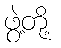
ဖွဲ့တို့